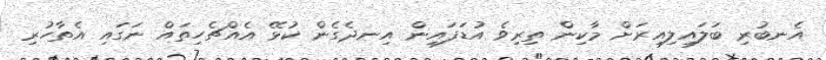
އެނބުރި ބަލައިލިއިރަށް މާކިން ތިރިވެ އުޑަފައިން އިނދެގެން ކުޅޭ އެއްޗެހިތައް ނަގައި އެތާހުރި